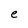
Character: e